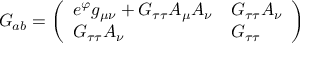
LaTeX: G _ { a b } = \left( \begin{array} { l l } { { e ^ { \varphi } g _ { \mu \nu } + G _ { \tau \tau } A _ { \mu } A _ { \nu } } } & { { G _ { \tau \tau } A _ { \nu } } } \\ { { G _ { \tau \tau } A _ { \nu } } } & { { G _ { \tau \tau } } } \end{array} \right)